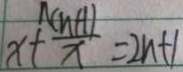
x + \frac { n ( n + 1 ) } { x } = 2 n + 1